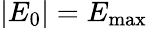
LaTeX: \left\vert E_{0}\right\vert=E_{\operatorname*{max}}